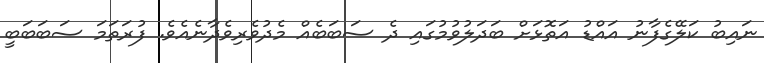
ނައިބު ކަލޭގެފާނު އައްޑު އަތޮޅަށް ބަދަލުވުމުގައި ދެ ސަބަބެއް މެދުވެރިވެދާނެއެވެ. ފުރަތަމަ ސަބަބަބީ